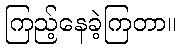
ကြည့်နေခဲ့ကြတာ။